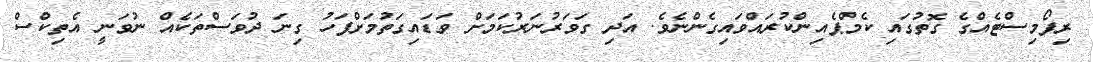
ރިފޯމިސްޓެއްގެ ގޮތުގައި ކެމްޕެއިންކުރައްވައިގެންނެވެ. އަދި ގަވަރުނަރުކަމަށް ވަޑައިގަތުމަށްފަހު ގިނަ ދުވަސްތަކެއް ނުވަނީ އެތިކްސް